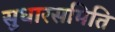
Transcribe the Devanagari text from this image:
सुधारसमिति